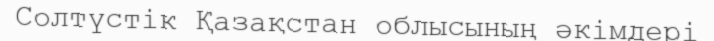
Солтүстік Қазақстан облысының әкімдері